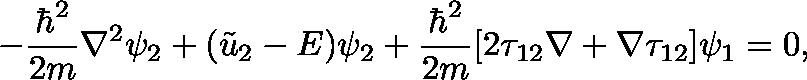
- { \frac { \hbar ^ { 2 } } { 2 m } } \nabla ^ { 2 } \psi _ { 2 } + ( { \tilde { u } } _ { 2 } - E ) \psi _ { 2 } + { \frac { \hbar ^ { 2 } } { 2 m } } [ 2 \mathbf { \tau } _ { 1 2 } \nabla + \nabla \mathbf { \tau } _ { 1 2 } ] \psi _ { 1 } = 0 ,